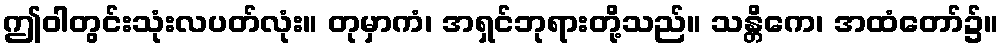
ဤဝါတွင်းသုံးလပတ်လုံး။ တုမှာကံ၊ အရှင်ဘုရားတို့သည်။ သန္တိကေ၊ အထံတော်၌။